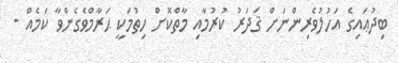
ބިދުޢައިގެ އަހުލުވެރިންނަށް ޤަދަރު ކުރުމާއި މާތްކޮށް ހިތުމަކީ ޙަރާމްވެގެންވާ ކަމެއް -